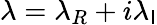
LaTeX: \lambda=\lambda_{R}+i\lambda_{\mathsf{I}}